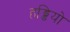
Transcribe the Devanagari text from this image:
हड्डियो